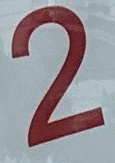
2